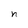
Character: n